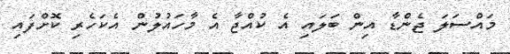
މައްސަލަ ޖެންޑާ އިން ބަލައި އެ ކުއްޖާ އެ މާހައުލުން އެކަހެރި ކޮށްފައި